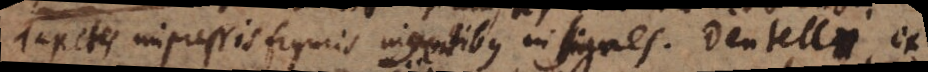
Tapetes impressis figuris ingentibus insignes. Dentelli, ex